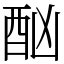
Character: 酗